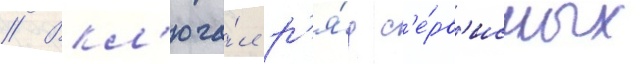
// Вкл'юча́л р'я́д с'е́рв'исных